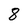
Character: 8